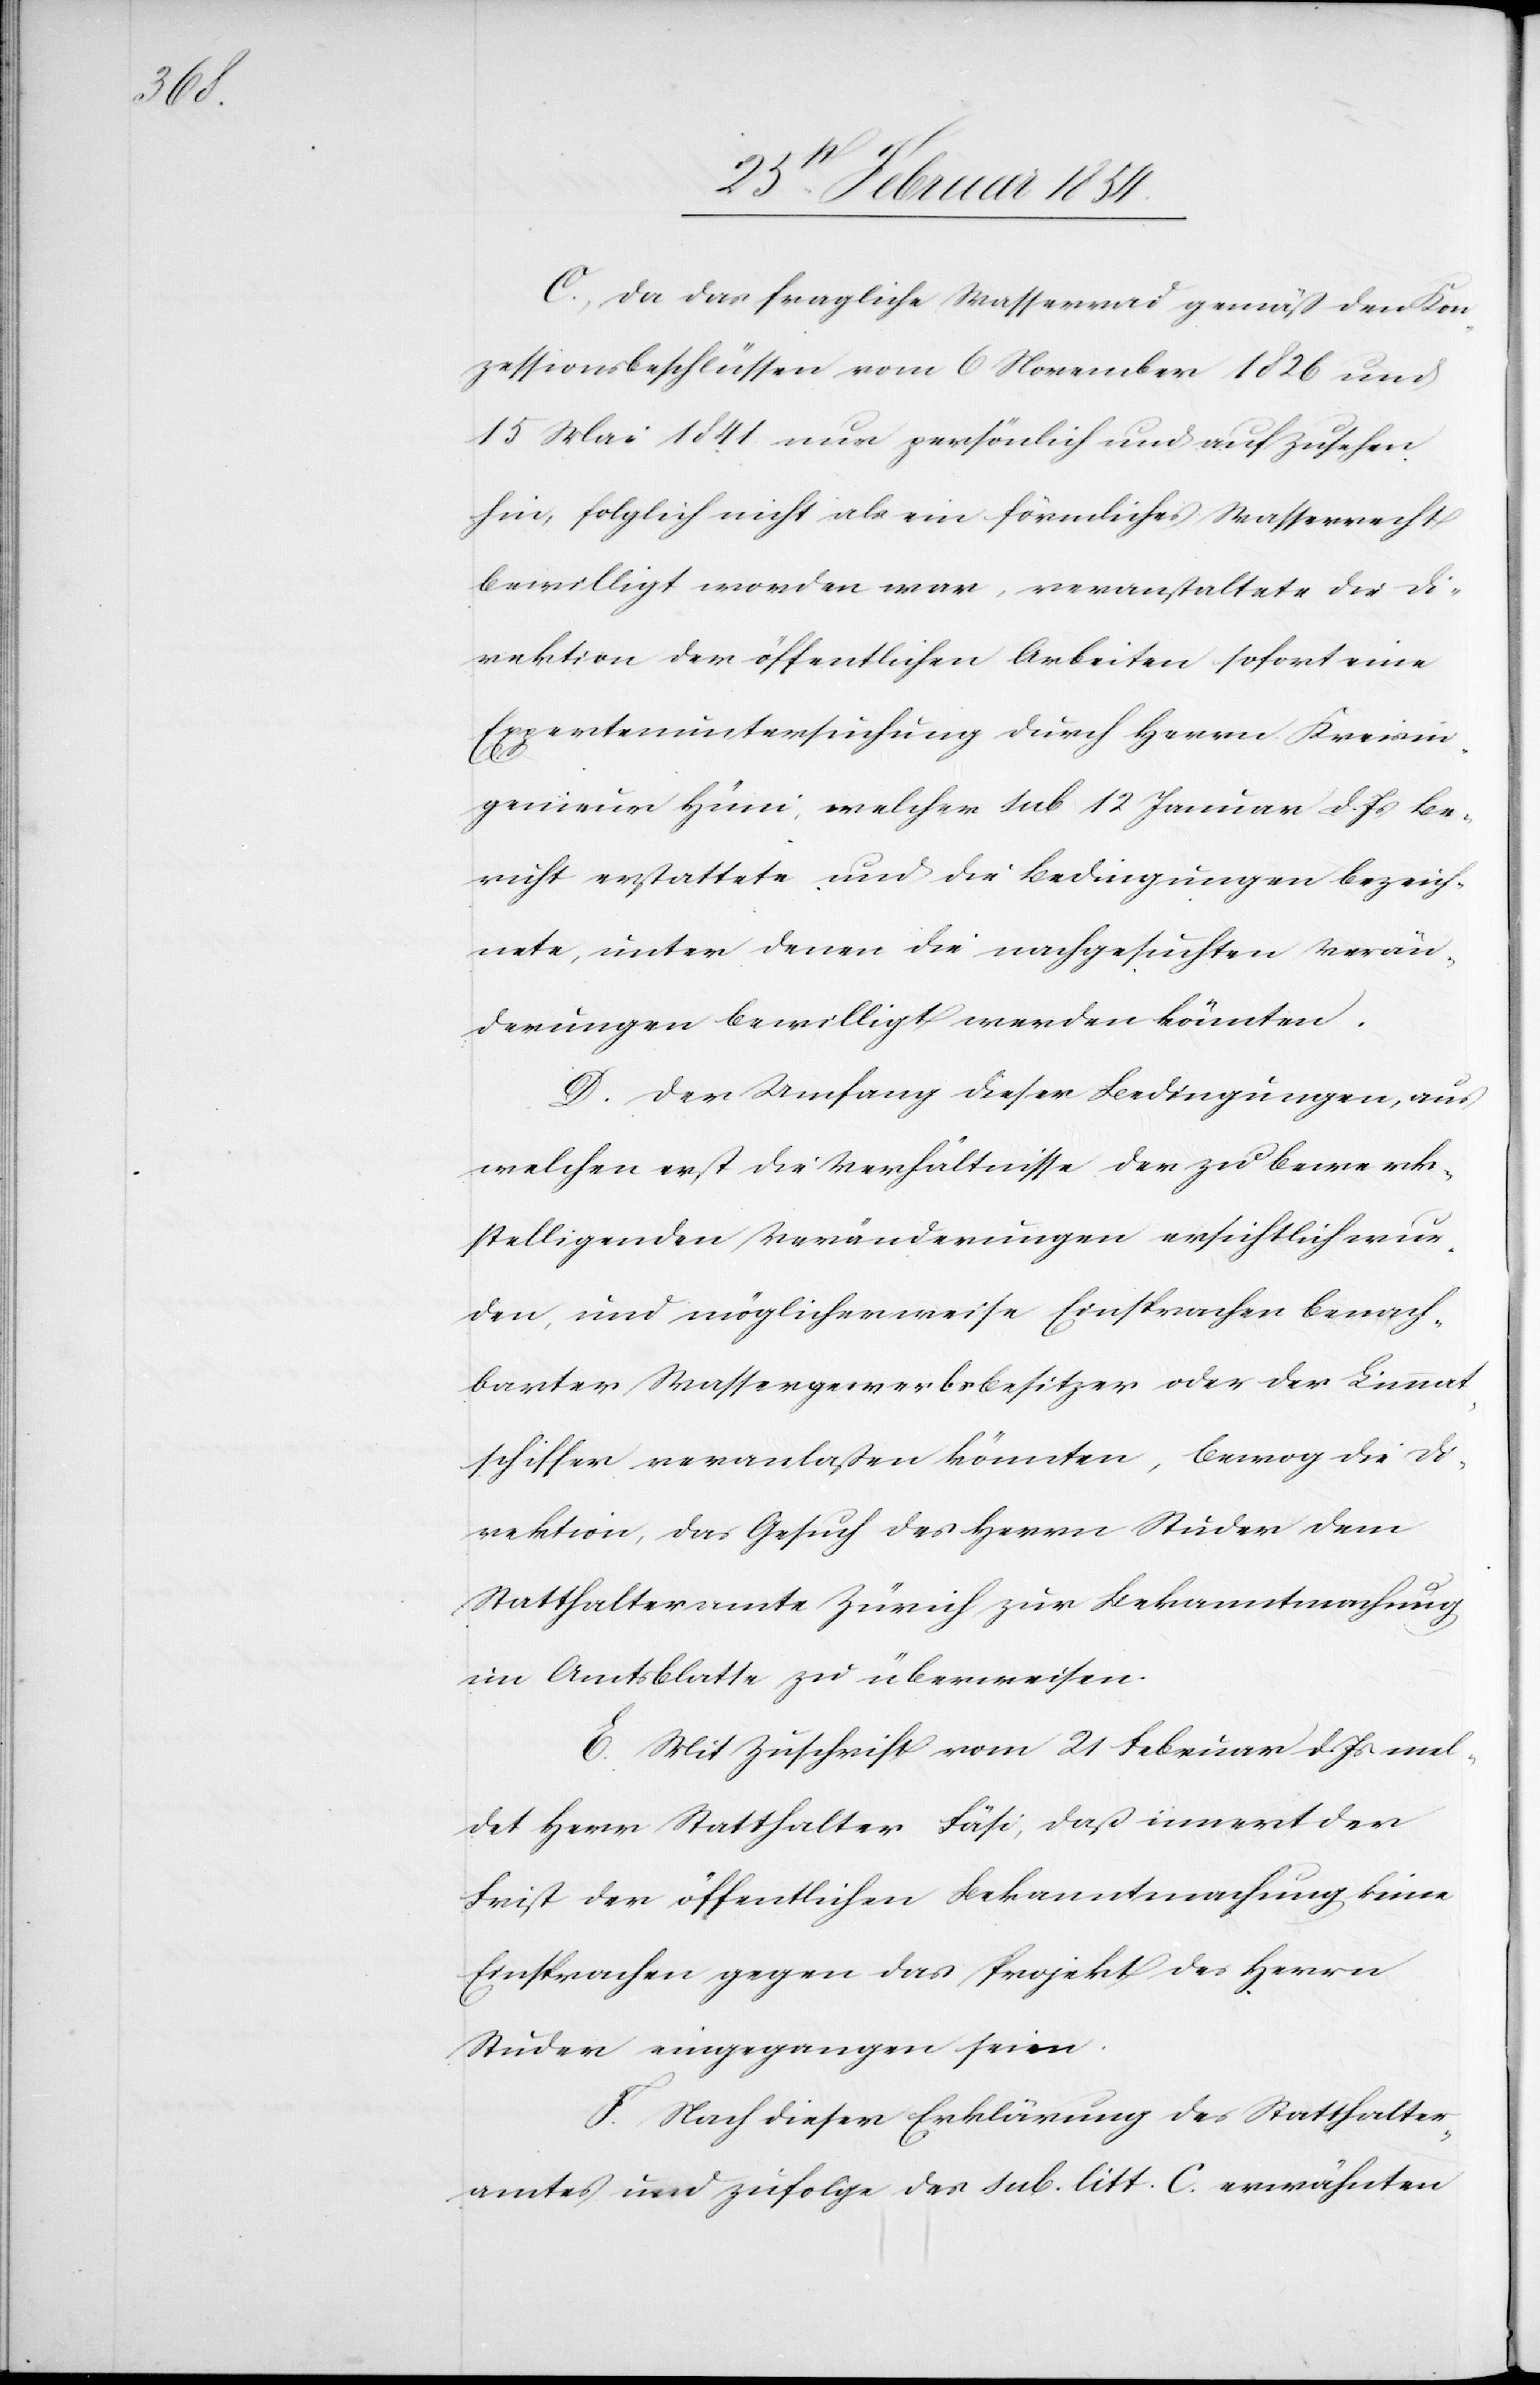
C. Da das fragliche Wasserrad gemäß den Kon¬
zessionsbeschlüssen vom 6 November 1826 und
15 Mai 1841 nur persönlich und auf Zusehen
hin, folglich nicht als ein förmliches Wasserrecht
bewilligt worden war, veranstaltete die Di¬
rektion der öffentlichen arbeiten sofort eine
Expertenuntersuchung durch Herrn Kreisin¬
genieur Hüni, welcher sub 12 Januar d. Js Be¬
richt erstattete und die Bedingungen bezeich¬
nete, unter denen die nachgesuchten Verän¬
derungen bewilligt werden könnten.
D. Der Umfang dieser Bedingung, aus
welchen erst die Verhältnisse der zu bewerk¬
stelligenden Veränderungen ersichtlich wur¬
den, und möglicherweise Einsprachen benach¬
barter Wassergewerbsbesitzer oder der Limmat¬
schiffer veranlaßen könnten, bewog die Di¬
rektion, das Gesuch des Herrn Studer dem
Statthalteramte Zürich zur Bekanntmachung
im Amtsblatte zu überweisen.
E. Mit Zuschrift vom 21 Februar d. Js mel¬
det Herr Statthalter Fäsi, daß innert der
Frist der öffentlichen Bekanntmachung keine
Einsprache gegen das Projekt des Herrn
Studer eingegangen seien.
F. Nach dieser Erklärung des Statthalter¬
amtes und zufolge des sub. litt. C. erwähnten